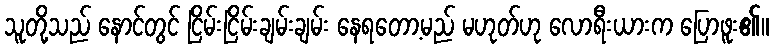
သူတို့သည် နောင်တွင် ငြိမ်းငြိမ်းချမ်းချမ်း နေရတော့မည် မဟုတ်ဟု လောရီးယားက ပြောဖူး၏။